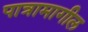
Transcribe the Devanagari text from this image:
पात्रामागील